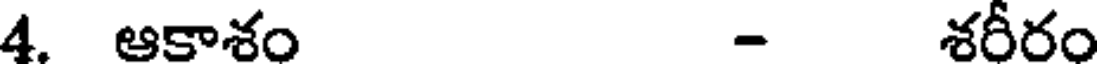
4. ఆకాశం - శరీరం